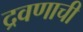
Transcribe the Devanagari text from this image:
द्रवणाची